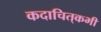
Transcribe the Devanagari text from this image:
कदाचित्‌कभी